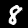
Digit: 8